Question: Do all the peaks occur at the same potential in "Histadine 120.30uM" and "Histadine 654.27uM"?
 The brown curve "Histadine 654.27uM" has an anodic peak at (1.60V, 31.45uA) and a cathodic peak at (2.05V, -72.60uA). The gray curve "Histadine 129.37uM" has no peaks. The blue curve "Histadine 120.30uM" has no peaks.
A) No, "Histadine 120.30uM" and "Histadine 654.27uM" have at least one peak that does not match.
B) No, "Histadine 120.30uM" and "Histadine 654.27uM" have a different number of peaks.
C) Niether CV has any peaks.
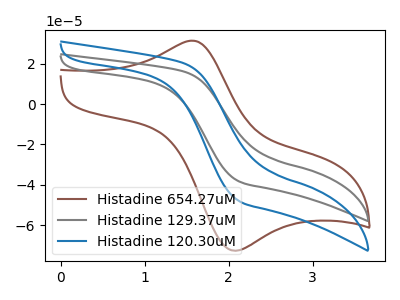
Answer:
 <answer>B) No, "Histadine 120.30uM" and "Histadine 654.27uM" have a different number of peaks.</answer>
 <eval>B</eval>